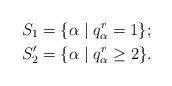
LaTeX: \begin{align*}S_1={}&\{\alpha\mid q_{\alpha}^r=1\};\\S^\prime_2={}&\{\alpha\mid q_{\alpha}^r\geq 2\}.\end{align*}